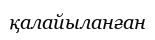
қалайыланған